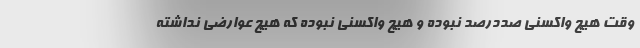
وقت هیچ واکسنی صددرصد نبوده و هیچ واکسنی نبوده که هیچ عوارضی نداشته